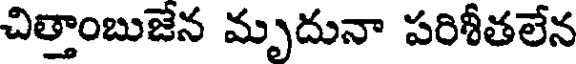
చిత్తాంబుజేన మృదునా పరిశీతలేన